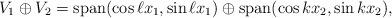
LaTeX: \begin{align*}V_1 \oplus V_2 = \mathrm{span}(\cos \ell x_1, \sin \ell x_1) \oplus \mathrm{span}(\cos k x_2, \sin k x_2), \end{align*}